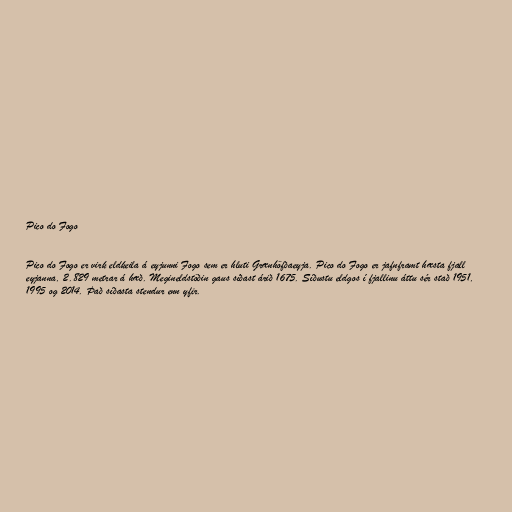
Pico do Fogo

Pico do Fogo er virk eldkeila á eyjunni Fogo sem er hluti Grænhöfðaeyja. Pico do Fogo er jafnframt hæsta fjall
eyjanna, 2.829 metrar á hæð. Megineldstöðin gaus síðast árið 1675. Síðustu eldgos í fjallinu áttu sér stað 1951,
1995 og 2014. Það síðasta stendur enn yfir.